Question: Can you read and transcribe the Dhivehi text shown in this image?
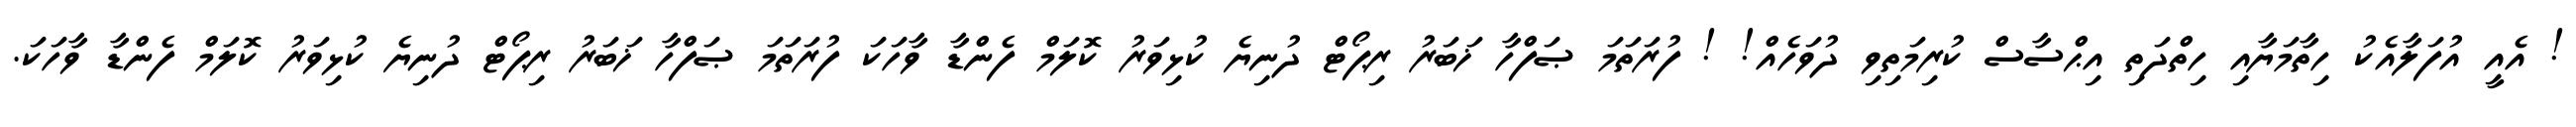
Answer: ! އެއީ އުފަލާއެކު ހިތާމަޔާއި ހިތްދަތި އިޙްސާސް ކުރިމަތިވި ދުވަހެއް! ! ފުރަތަމަ ޞަފްހާ ޚަބަރު ރިޕޯޓް ދުނިޔެ ކުޅިވަރު ކޮލަމް ފެންޑާ ވާހަކަ ފުރަތަމަ ޞަފްހާ ޚަބަރު ރިޕޯޓް ދުނިޔެ ކުޅިވަރު ކޮލަމް ފެންޑާ ވާހަކަ.